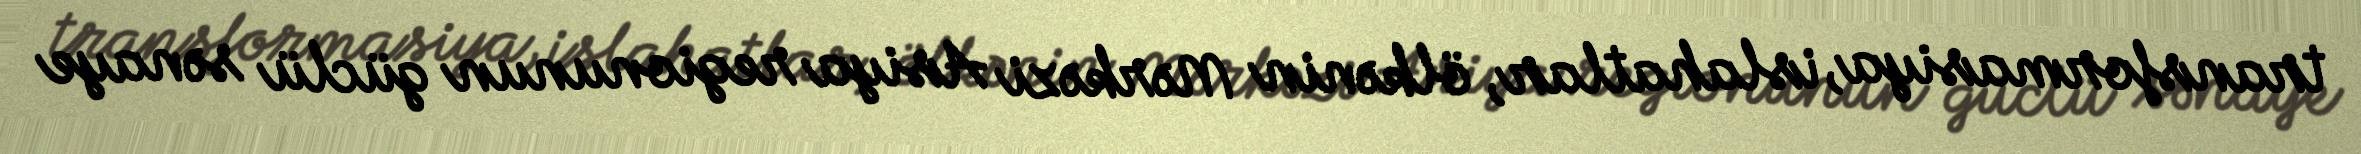
transformasiya, islahatlar, ölkənin Mərkəzi Asiya regionunun güclü sənaye